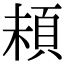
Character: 𩑵